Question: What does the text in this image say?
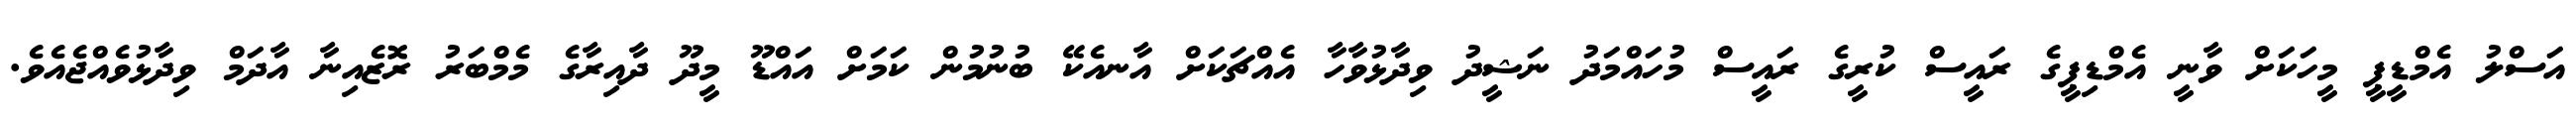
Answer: އަސްލު އެމްޑީޕީ މީހަކަށް ވާނީ އެމްޑިޕީގެ ރައީސް ކުރީގެ ރައީސް މުހައްމަދު ނަޝީދު ވިދާޅުވާހާ އެއްޗަކަށް އާނއެކޭ ބުނުމުން ކަމަށް އައްޑޫ މީދޫ ދާއިރާގެ މެމްބަރު ރޮޒެއިނާ އާދަމް ވިދާޅުވެއްޖެއެވެ.